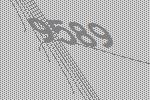
9589